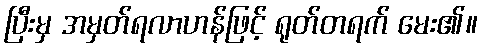
ပြီးမှ အမှတ်ရလာဟန်ဖြင့် ရုတ်တရက် မေး၏။